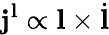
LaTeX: \mathbf{j}^{\mathbf{l}}\propto\mathbf{l}\times\dot{\mathbf{l}}